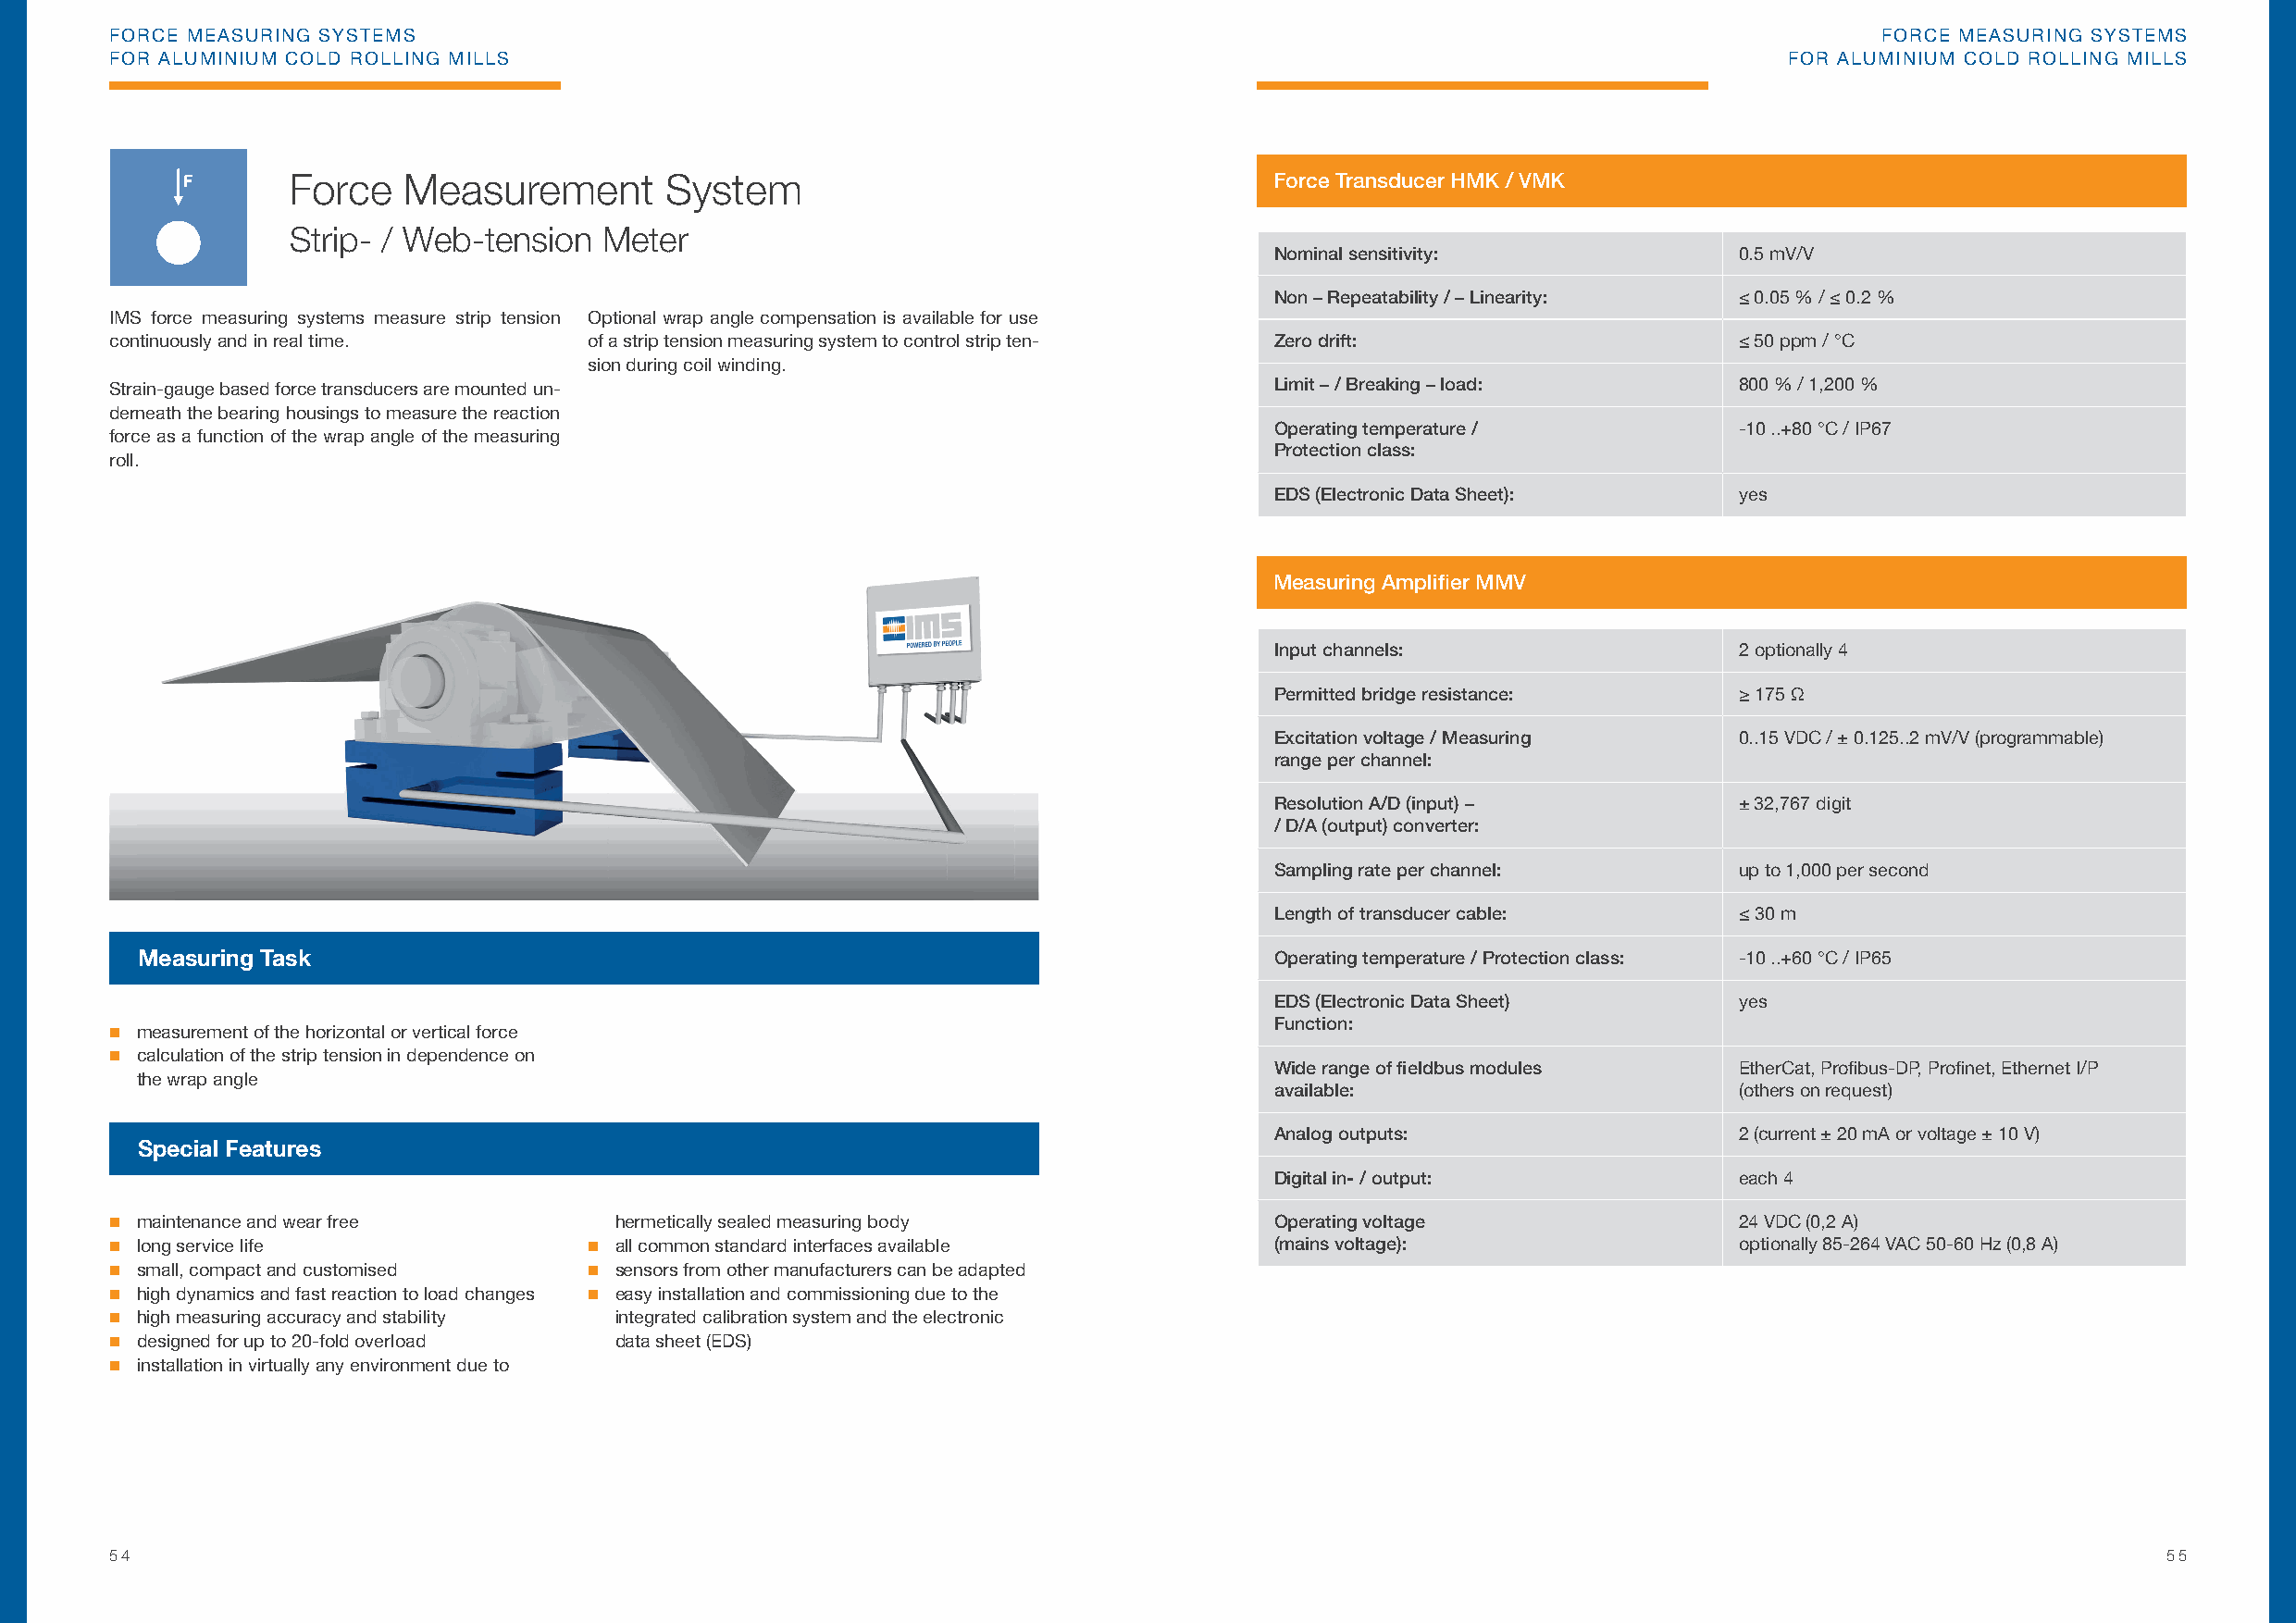
FORCE MEASURING SYSTEMS                                                                                                        FORCE MEASURING SYSTEMS
 FOR ALUMINIUM COLD ROLLING MILLS                                                                                        FOR ALUMINIUM COLD ROLLING MILLS
 Force   Measurement        System                                     Force Transducer HMK / VMK
 Strip- / Web-tension  Meter
 Nominal sensitivity:             0.5 mV/V
 Non – Repeatability / – Linearity: ≤ 0.05 % / ≤ 0.2 %
 IMS force measuring systems measure strip tension Optional wrap angle compensation is available for use
 continuously and in real time.    of a strip tension measuring system to control strip ten- Zero drift:             ≤ 50 ppm / °C
 sion during coil winding.
 Strain-gauge based force transducers are mounted un-                               Limit – / Breaking – load:       800 % / 1,200 %
 derneath the bearing housings to measure the reaction
 Operating temperature /          -10 ..+80 °C / IP67
 force as a function of the wrap angle of the measuring
 Protection class:
 roll.
 EDS (Electronic Data Sheet):     yes
 Measuring Amplifi er MMV
 Input channels:                  2 optionally 4
 Permitted bridge resistance:     ≥ 175 Ω
 Excitation voltage / Measuring   0..15 VDC / ± 0.125..2 mV/V (programmable)
 range per channel:
 Resolution A/D (input) –         ± 32,767 digit
 / D/A (output) converter:
 Sampling rate per channel:       up to 1,000 per second
 Length of transducer cable:      ≤ 30 m
 Measuring Task                                                                   Operating temperature / Protection class: -10 ..+60 °C / IP65
 EDS (Electronic Data Sheet)      yes
 Function:
  measurement of the horizontal or vertical force
  calculation of the strip tension in dependence on
 Wide range of fi eldbus modules  EtherCat, Profi bus-DP, Profi net, Ethernet I/P
 the wrap angle
 available:                       (others on request)
 Analog outputs:                  2 (current ± 20 mA or voltage ± 10 V)
 Special Features
 Digital in- / output:            each 4
  maintenance and wear free         hermetically sealed measuring body             Operating voltage                24 VDC (0,2 A)
  long service life                all common standard interfaces available       (mains voltage):                 optionally 85-264 VAC 50-60 Hz (0,8 A)
  small, compact and customised    sensors from other manufacturers can be adapted
  high dynamics and fast reaction to load changes  easy installation and commissioning due to the
  high measuring accuracy and stability integrated calibration system and the electronic
  designed for up to 20-fold overload data sheet (EDS)
  installation in virtually any environment due to
 54                                                                                                                                                 55